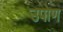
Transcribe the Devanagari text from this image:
उपोण